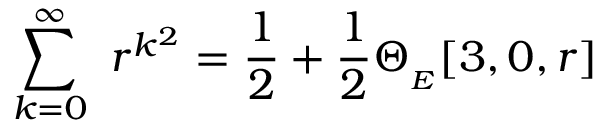
\displaystyle \sum _ { k = 0 } ^ { \infty } \ r ^ { k ^ { 2 } } = \frac { 1 } { 2 } + \frac { 1 } { 2 } \Theta _ { _ { E } } [ 3 , 0 , r ]